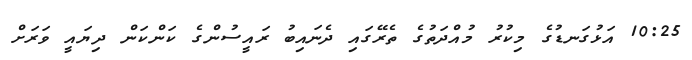
10:25 އަޅުގަނޑުގެ މިކުރު މުއްދަތުގެ ތެރޭގައި ދެނައިބު ރައީސުންގެ ކަންކަން ދިޔައީ ވަރަށް